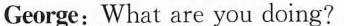
George:What are you doing?